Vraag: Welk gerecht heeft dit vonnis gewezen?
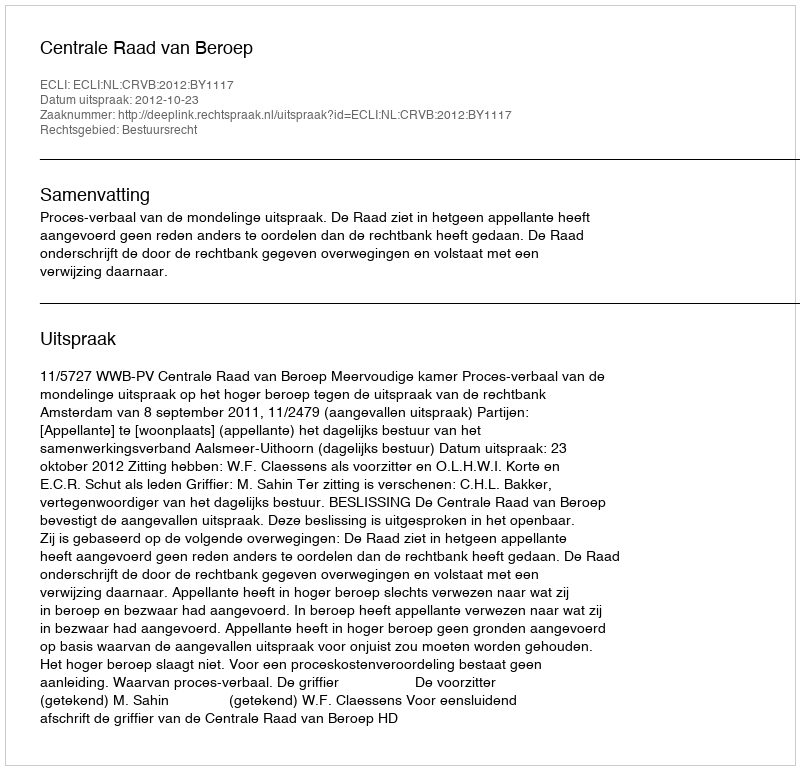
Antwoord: Centrale Raad van Beroep